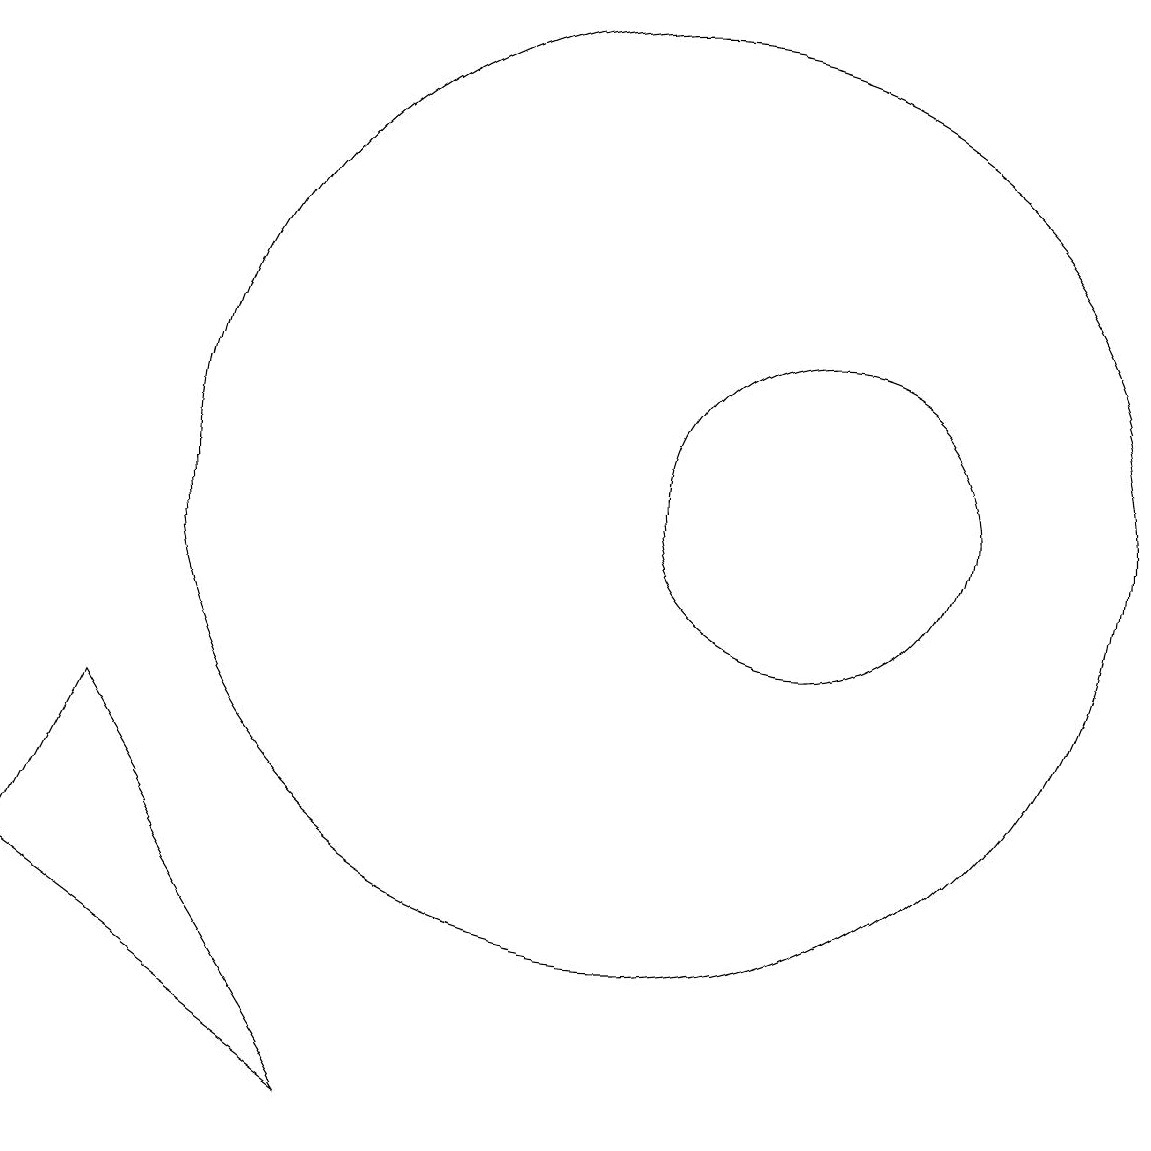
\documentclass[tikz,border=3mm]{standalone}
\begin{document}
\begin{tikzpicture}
\draw (12,11) circle (2);
\draw (10,11) circle (6);
\draw (3,8) -- (2,6) -- (6,3) -- cycle;
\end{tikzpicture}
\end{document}